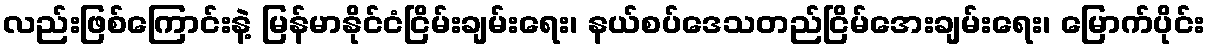
လည်းဖြစ်ကြောင်းနဲ့ မြန်မာနိုင်ငံငြိမ်းချမ်းရေး၊ နယ်စပ်ဒေသတည်ငြိမ်အေးချမ်းရေး၊ မြောက်ပိုင်း